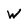
Character: W